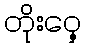
တိုးဝှေ့